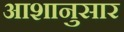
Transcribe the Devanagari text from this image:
आशानुसार